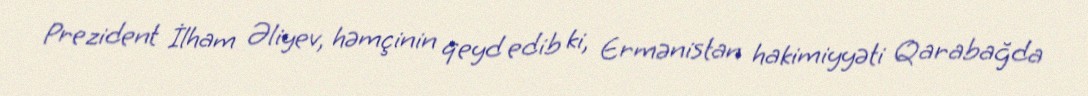
Prezident İlham Əliyev, həmçinin qeyd edib ki, Ermənistan hakimiyyəti Qarabağda